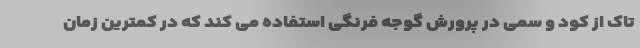
تاک از کود و سمی در پرورش گوجه فرنگی استفاده می کند که در کمترین زمان